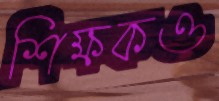
শিক্ষকও